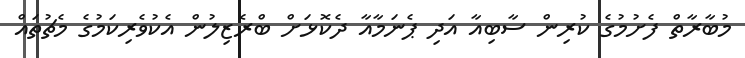
މުބާރާތް ފެށުމުގެ ކުރިން ސާބިއާ އަދި ޕެނަމާއާ ދެކޮޅަށް ބްރެޒިލުން އެކުވެރިކަމުގެ މެޗުތައް